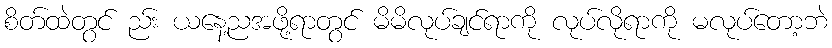
စိတ်ထဲတွင် ည်း ယနေ့ညအဖို့ရာတွင် မိမိလုပ်ချင်ရာကို လုပ်လိုရာကို မလုပ်တော့ဘဲ